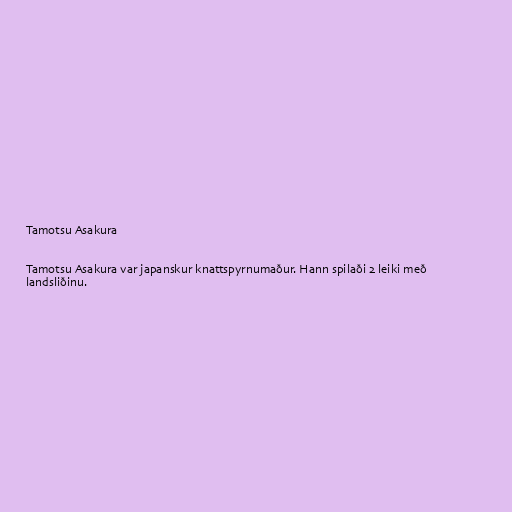
Tamotsu Asakura

Tamotsu Asakura var japanskur knattspyrnumaður. Hann spilaði 2 leiki með
landsliðinu.